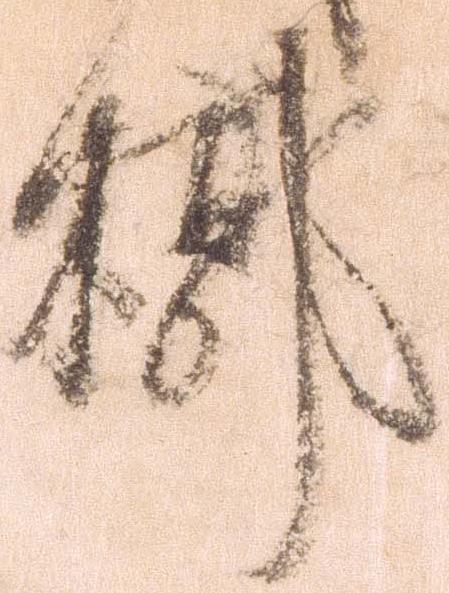
槨